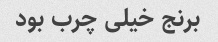
برنج خیلی چرب بود